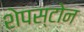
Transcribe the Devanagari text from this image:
शेपस्टोन